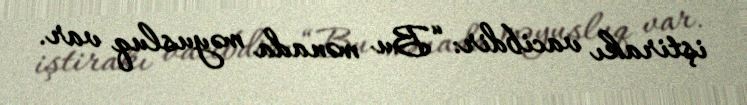
iştirakı vacibdir: “Bu mənada məyusluq var.